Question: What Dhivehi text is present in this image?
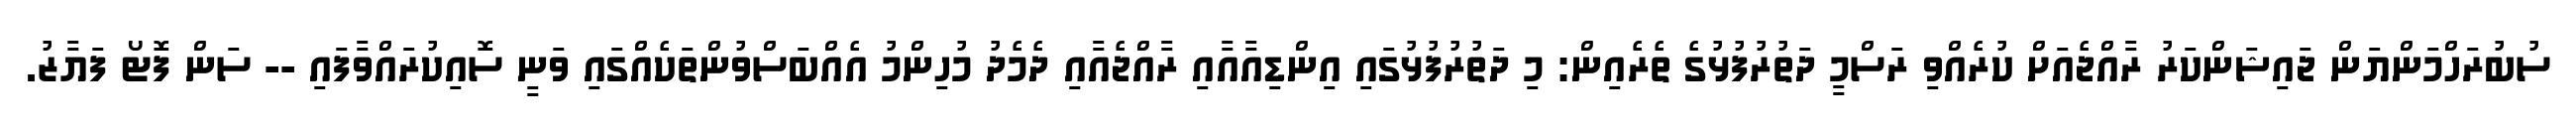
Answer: ސުބުރަހްމަންޔަން ޖައިޝަންކަރު ރާއްޖެއަށް ކުރެއްވި ރަސްމީ ދަތުރުފުޅުގެ ތެރެއިން: މި ދަތުރުފުޅުގައި އިންޑިއާއާއި ރާއްޖެއާއި ދެމެދު މުހިންމު އެއްބަސްވުންތަކެއްގައި ވަނީ ސޮއިކުރައްވާފައި -- ސަން ފޮޓޯ ފަޔާޒު.